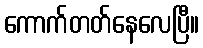
ကောက်တတ်နေလေပြီ။